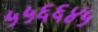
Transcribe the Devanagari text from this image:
५५६६४५